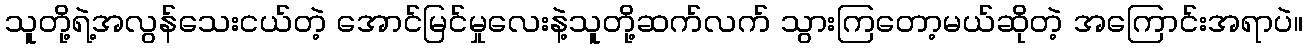
သူတို့ရဲ့အလွန်သေးငယ်တဲ့ အောင်မြင်မှုလေးနဲ့သူတို့ဆက်လက် သွားကြတော့မယ်ဆိုတဲ့ အကြောင်းအရာပဲ။